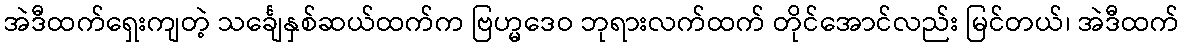
အဲဒီထက်ရှေးကျတဲ့ သင်္ချေနှစ်ဆယ်ထက်က ဗြဟ္မဒေဝ ဘုရားလက်ထက် တိုင်အောင်လည်း မြင်တယ်၊ အဲဒီထက်